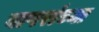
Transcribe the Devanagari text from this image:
वापरांच्या